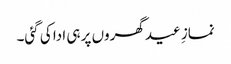
نمازِ عید گھروں پر ہی ادا کی گئی۔